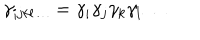
\gamma _ { i j k l \ldots } = \gamma _ { i } \gamma _ { j } \gamma _ { k } \gamma _ { l } \ldots